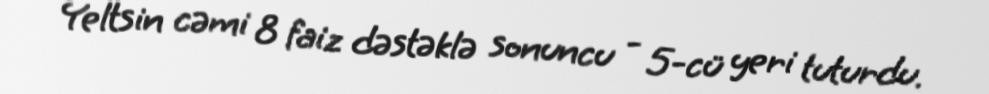
Yeltsin cəmi 8 faiz dəstəklə sonuncu - 5-cü yeri tuturdu.